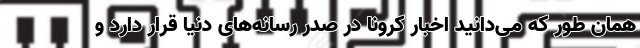
همان طور که می‌دانید اخبار کرونا در صدر رسانه‌های دنیا قرار دارد و